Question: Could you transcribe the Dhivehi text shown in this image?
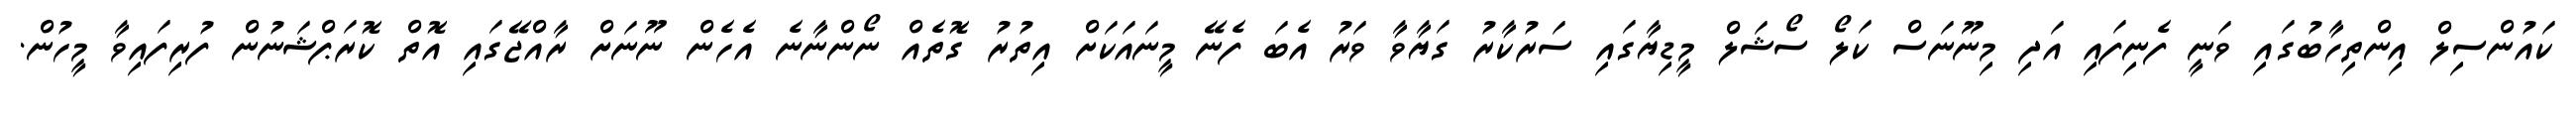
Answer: ކައުންސިލް އިންތިހާބުގައި ވަނީ ފެނިފައި އަދި މިނޫނަސް ކަލޯ ސޯޝަލް މީޑިޔާގައި ސަރުކާރު ގަޔާވާ ވަރު އެބަ ފެނޭ މީނައަކަށް އިތުރު ގޮތެއް ނޯންނާނެ އެހެން ނޫނަށް ރާއްޖޭގައި އޮތް ކޮރަޕްޝަނުން ފުރިފައިވާ މީހުން.